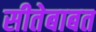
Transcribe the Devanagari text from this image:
सीतेबाबत